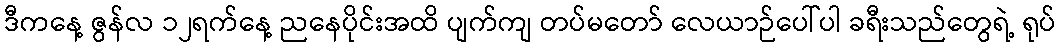
ဒီကနေ့ ဇွန်လ ၁၂ရက်နေ့ ညနေပိုင်းအထိ ပျက်ကျ တပ်မတော် လေယာဉ်ပေါ်ပါ ခရီးသည်တွေရဲ့ ရုပ်